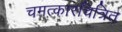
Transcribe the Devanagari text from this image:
चमत्कारचित्रित